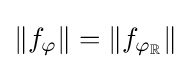
\left\|f_{\varphi }\right\|=\left\|f_{\varphi _{\mathbb {R} }}\right\|